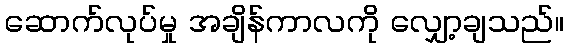
ဆောက်လုပ်မှု အချိန်ကာလကို လျှော့ချသည်။